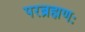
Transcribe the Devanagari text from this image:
परब्रह्मणः